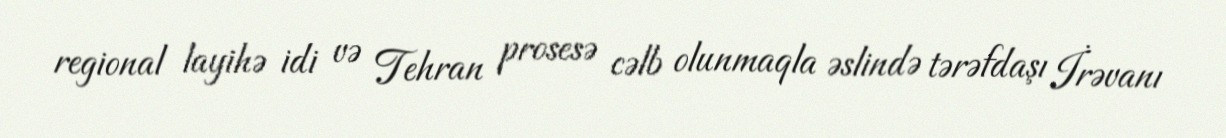
regional layihə idi və Tehran prosesə cəlb olunmaqla əslində tərəfdaşı İrəvanı